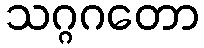
သဂ္ဂဂတော